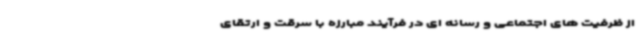
از ظرفیت های اجتماعی و رسانه ای در فرآیند مبارزه با سرقت و ارتقای